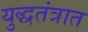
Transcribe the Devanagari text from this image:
युद्धतंत्रात